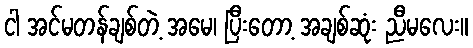
ငါ အင်မတန်ချစ်တဲ့ အမေ၊ ပြီးတော့ အချစ်ဆုံး ညီမလေး။